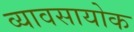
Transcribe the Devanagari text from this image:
व्यावसायोक